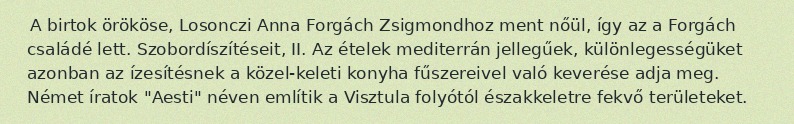
A birtok örököse, Losonczi Anna Forgách Zsigmondhoz ment nőül, így az a Forgách családé lett. Szobordíszítéseit, II. Az ételek mediterrán jellegűek, különlegességüket azonban az ízesítésnek a közel-keleti konyha fűszereivel való keverése adja meg. Német íratok "Aesti" néven említik a Visztula folyótól északkeletre fekvő területeket.